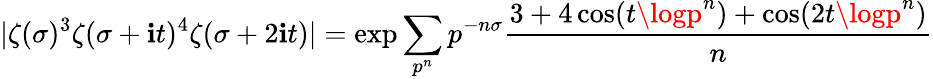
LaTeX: |\zeta(\sigma)^{3}\zeta(\sigma+\mathbf{i}t)^{4}\zeta(\sigma+2\mathbf{i}t)|=\exp\sum_{p^{n}}p^{-n\sigma}{\frac{{3+4\cos(t\logp^{n})+\cos(2t\logp^{n})}}{{n}}}